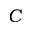
C